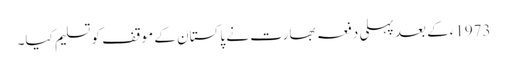
1973ءکے بعد پہلی دفعہ بھارت نے پاکستان کے موقف کو تسلیم کیا۔